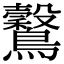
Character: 𪇗